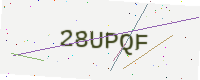
Text: 28UPQF